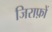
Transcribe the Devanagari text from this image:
जिराफ़ों